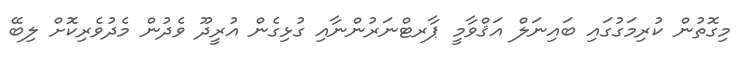
މިގޮތުން ކުރިމަގުގައި ބައިނަލް އަޤްވާމީ ޕާރޓްނަރުންނާއި ގުޅިގެން އުރީދޫ ވެދުން މެދުވެރިކޮށް ލިބޭ